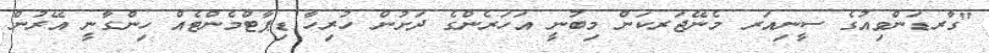
"ގާރޑަންވިއުގެ ސީނިއަރ މެނޭޖަރކަން މިބުނީ އަހަރެންގެ ދަށުން ހުރިހާ ޑިޕާޓްމެންޓެއް ހިންގާނީ އޭރުން